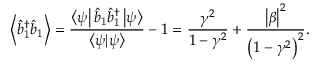
\left\langle \hat { b } _ { 1 } ^ { \dagger } \hat { b } _ { 1 } \right\rangle = \frac { \left\langle \psi \right\vert \hat { b } _ { 1 } \hat { b } _ { 1 } ^ { \dagger } \left\vert \psi \right\rangle } { \left\langle \psi | \psi \right\rangle } - 1 = \frac { \gamma ^ { 2 } } { 1 - \gamma ^ { 2 } } + \frac { \left\vert \beta \right\vert ^ { 2 } } { \left( 1 - \gamma ^ { 2 } \right) ^ { 2 } } .